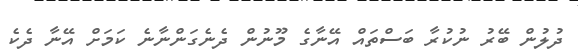
ދުލުން ބޭރު ނުކުރާ ބަސްތައް އޭނާގެ މޫނުން ދެނެގަންނާނެ ކަމަށް އޭނާ ދެކެ